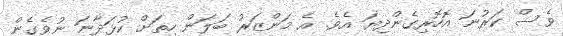
ވެސް ކަރުނަ އޮހޮރިގެންދިޔަ އެވެ. އެ މަންޒަރު ބަލަން ހިތަށް ކުޅަދާނަ ނުވެގެން